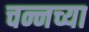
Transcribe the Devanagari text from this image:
चन्नच्या